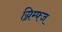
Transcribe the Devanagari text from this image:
ग्निम्फ्ज